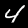
Digit: 4